Leningradi_Edasi_toimetus, lk 116
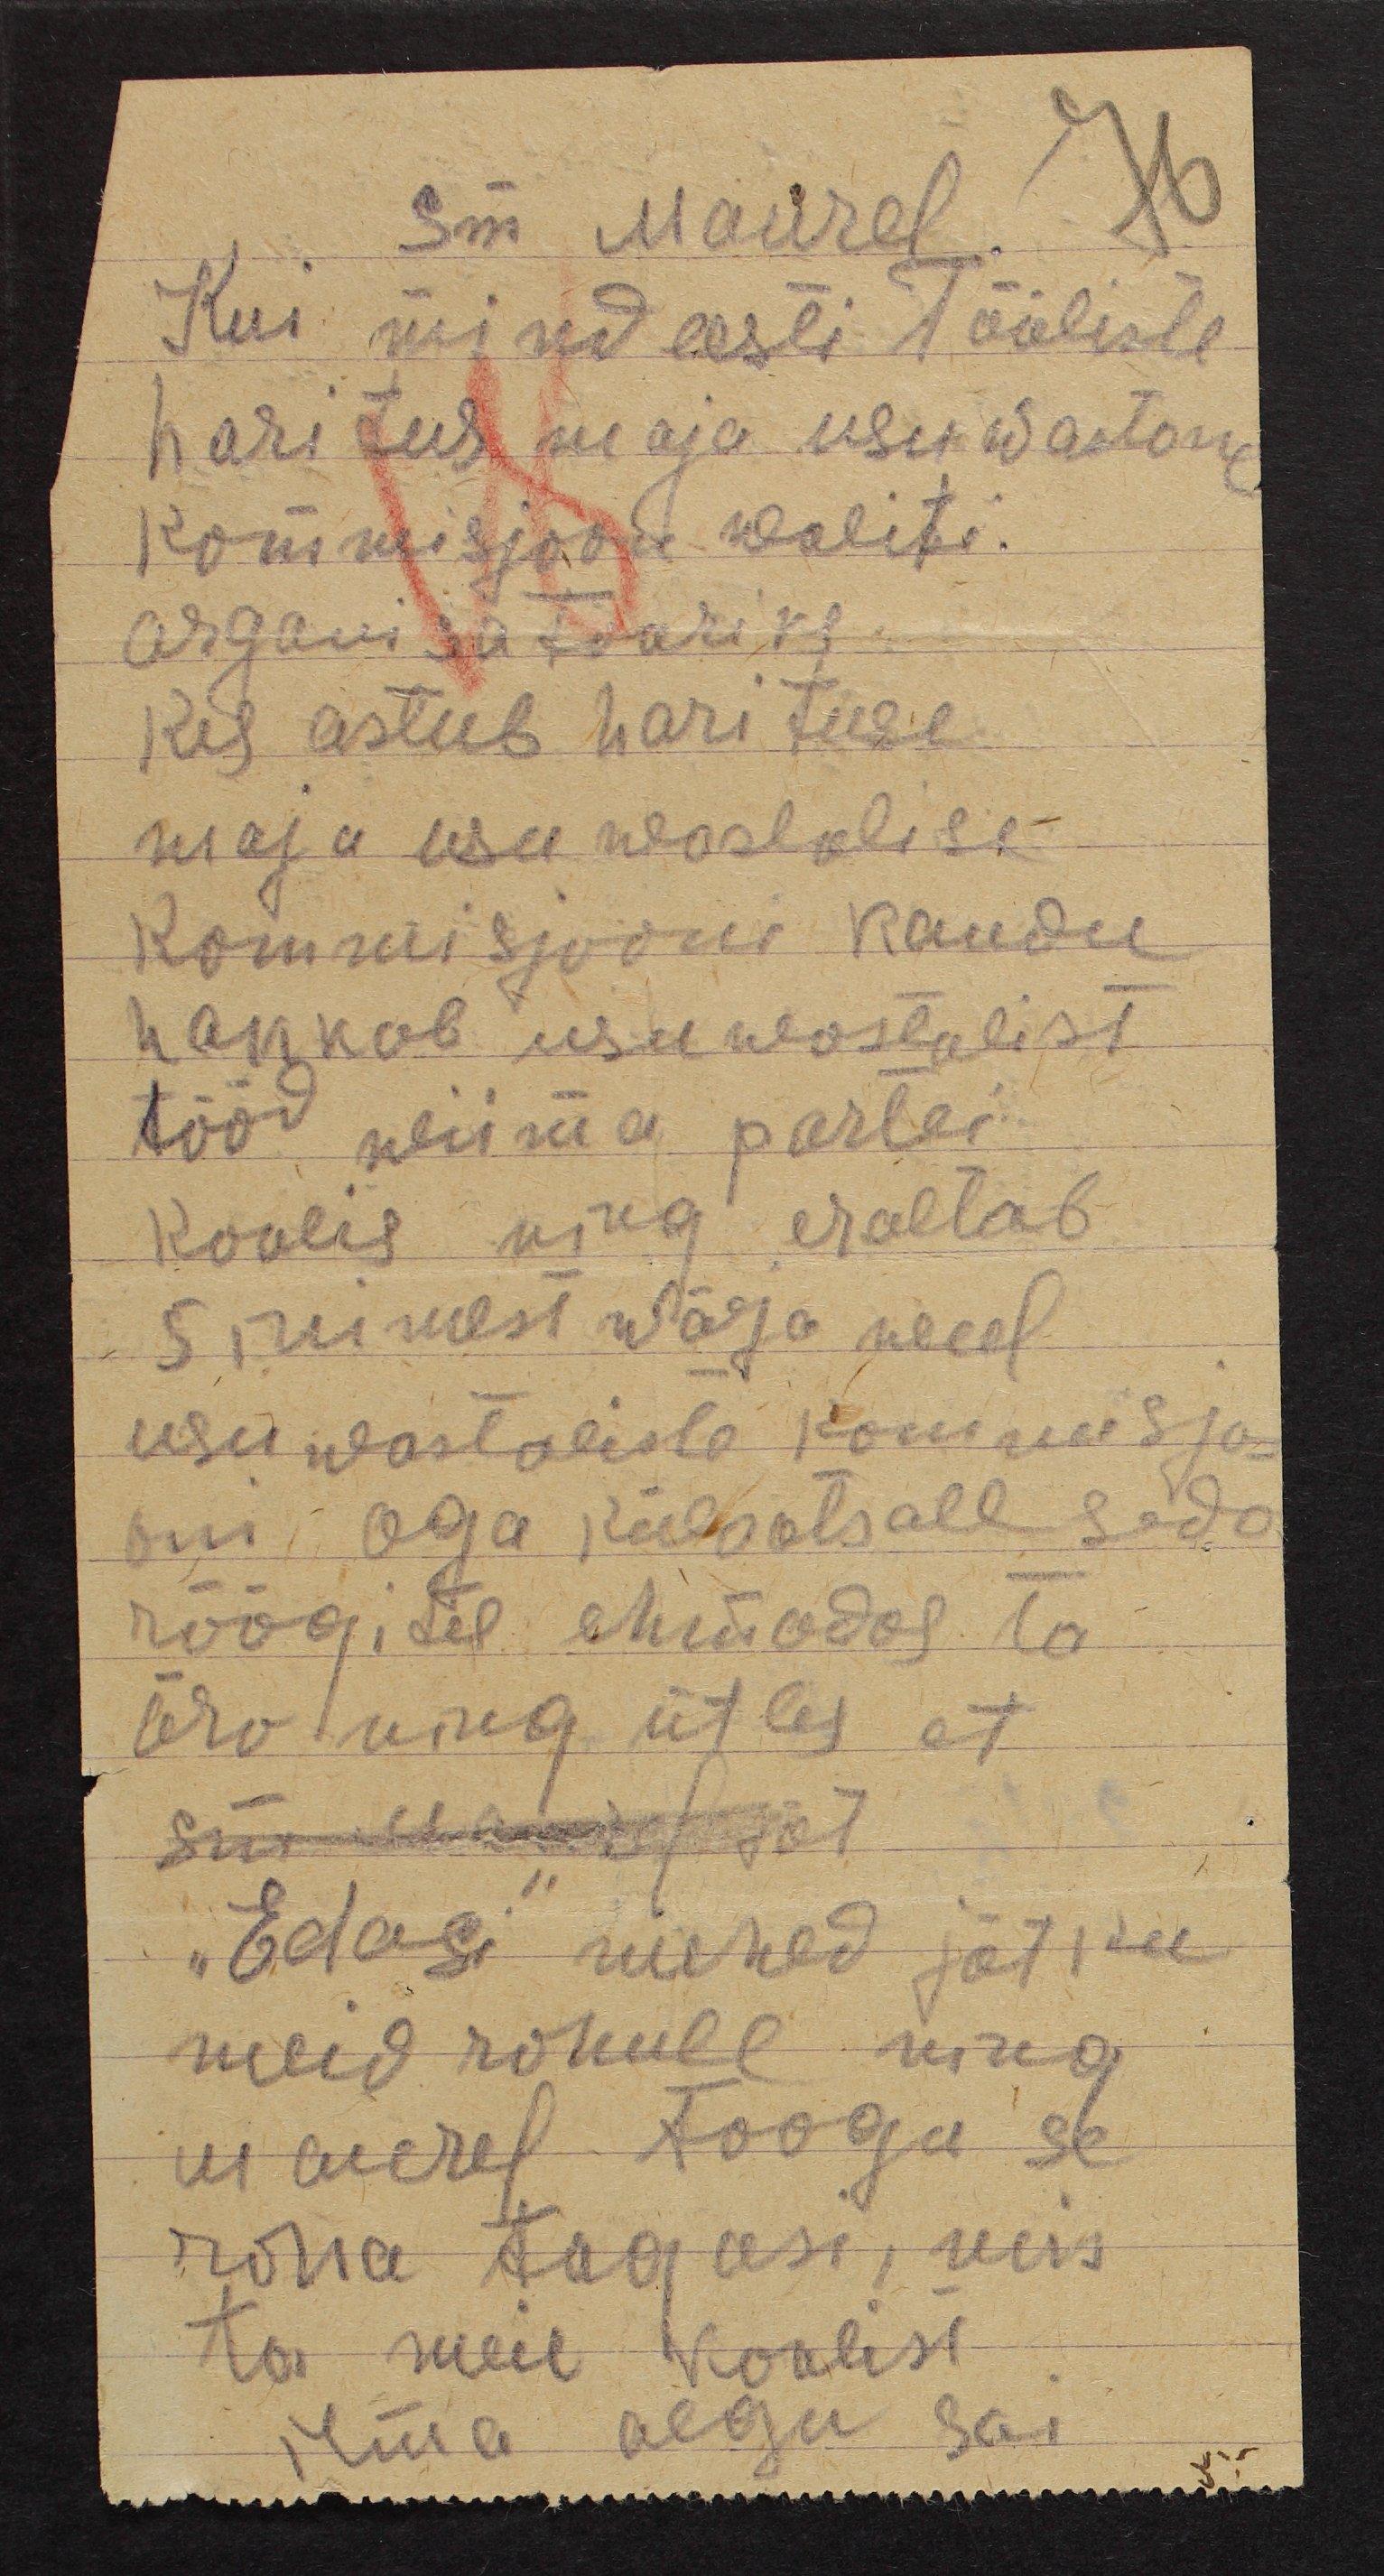
sm Maurel
76
Kui mind eesti Tööliste
haritus maja usuwastane
kommisjoon walite.
organizatooriks
kes astub harituse
maja usu wastalise
kommisjooni kaudu
hakkab usuwastalist
tööd wiima partei
koolis ning eraltab
5 inimest wälja weel
usuwastaliste kommisjo-
oni aga Külaotsale seda
räägites ehmadas ta
ära ning ütles et
sm Maurel jät
"Edagi" mehed jätku
meid rahule ning
maurel toogu se
raha tagasi, mis
ta meie koolist
ilma aegu sai.